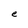
Character: e